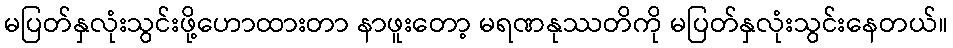
မပြတ်နှလုံးသွင်းဖို့ဟောထားတာ နာဖူးတော့ မရဏနုဿတိကို မပြတ်နှလုံးသွင်းနေတယ်။